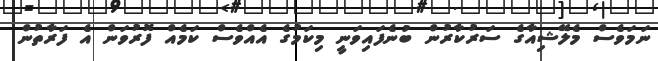
ނަމަވެސް މެލޭޝިއާގެ ސަރުކާރުން ބުނެފައިވަނީ މިކަމުގެ އެއްވެސް ކަމެއް ފޮރުވަން އެ ފަރާތުން